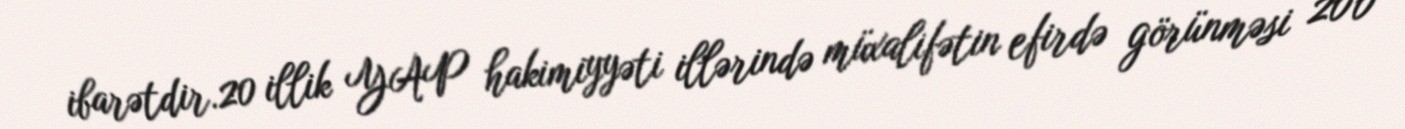
ibarətdir.20 illik YAP hakimiyyəti illərində müxalifətin efirdə görünməsi 200